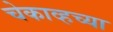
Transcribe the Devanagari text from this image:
चेकाव्हच्या